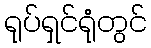
ရုပ်ရှင်ရုံတွင်